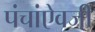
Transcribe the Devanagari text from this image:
पंचांऐवजी